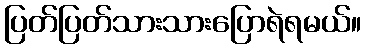
ပြတ်ပြတ်သားသားပြောရဲရမယ်။